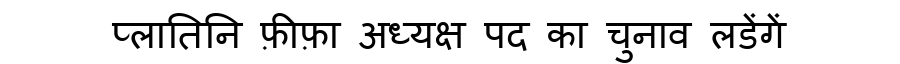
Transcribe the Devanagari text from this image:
प्लातिनि फ़ीफ़ा अध्यक्ष पद का चुनाव लडेंगें